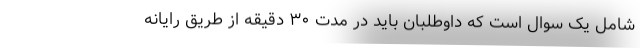
شامل یک سوال است که داوطلبان باید در مدت ۳۰ دقیقه از طریق رایانه